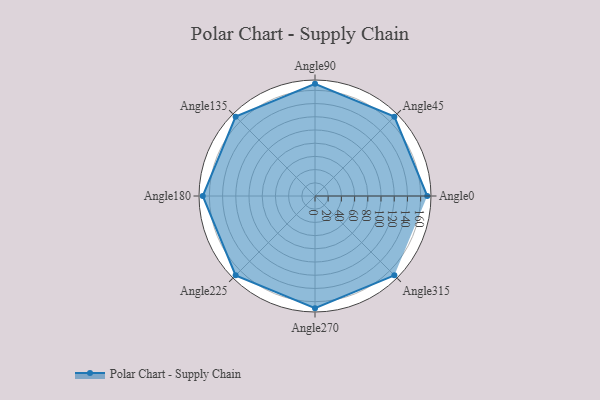
{"axis": {"x": "Angle", "y": "Radius"}, "legend": [""], "data": [{"x": "Angle0", "y": 170, "type": ""}, {"x": "Angle45", "y": 170, "type": ""}, {"x": "Angle90", "y": 170, "type": ""}, {"x": "Angle135", "y": 170, "type": ""}, {"x": "Angle180", "y": 170, "type": ""}, {"x": "Angle225", "y": 170, "type": ""}, {"x": "Angle270", "y": 170, "type": ""}, {"x": "Angle315", "y": 170, "type": ""}]}